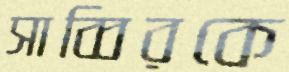
সাব্বিরকে